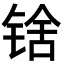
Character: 𬭘